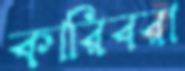
কারিবরা